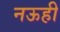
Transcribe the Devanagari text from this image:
नऊही